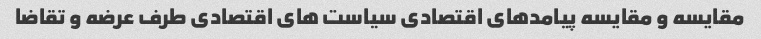
مقایسه و مقایسه پیامدهای اقتصادی سیاست های اقتصادی طرف عرضه و تقاضا